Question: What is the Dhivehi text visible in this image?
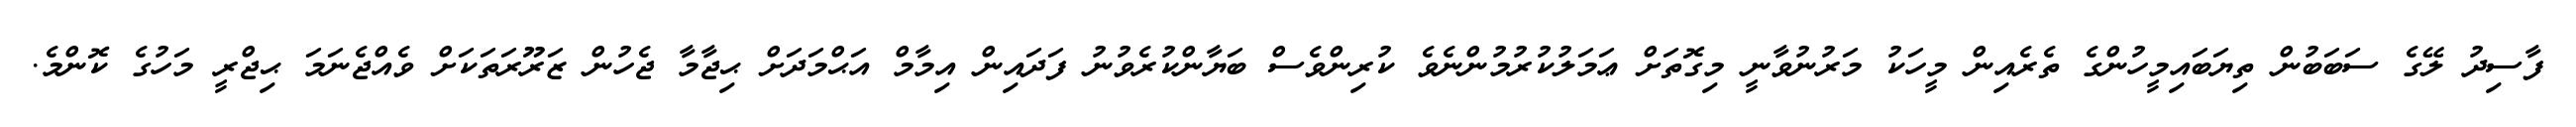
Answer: ފާސިދު ލޭގެ ސަބަބުން ތިޔަބައިމީހުންގެ ތެރެއިން މީހަކު މަރުނުވާނީ މިގޮތަށް ޢަމަލުކުރުމުންނެވެ ކުރިންވެސް ބަޔާންކުރެވުނު ފަދައިން އިމާމް އަޙްމަދަށް ޙިޖާމާ ޖެހުން ޒަރޫރަތަކަށް ވެއްޖެނަމަ ޙިޖްރީ މަހުގެ ކޮންމެ.